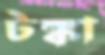
টঙ্কা